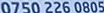
0750 226 0805